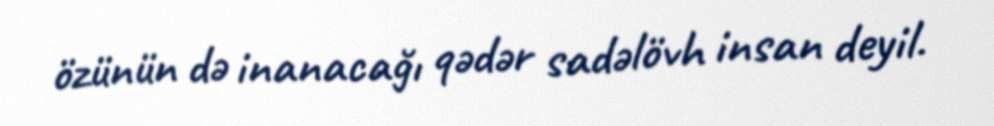
özünün də inanacağı qədər sadəlövh insan deyil.